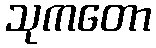
သုကတော